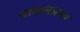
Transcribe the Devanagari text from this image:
पातानप्रस्थ